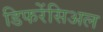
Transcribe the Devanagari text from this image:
डिफरेंसिअल